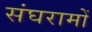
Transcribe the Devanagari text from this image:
संघरामों